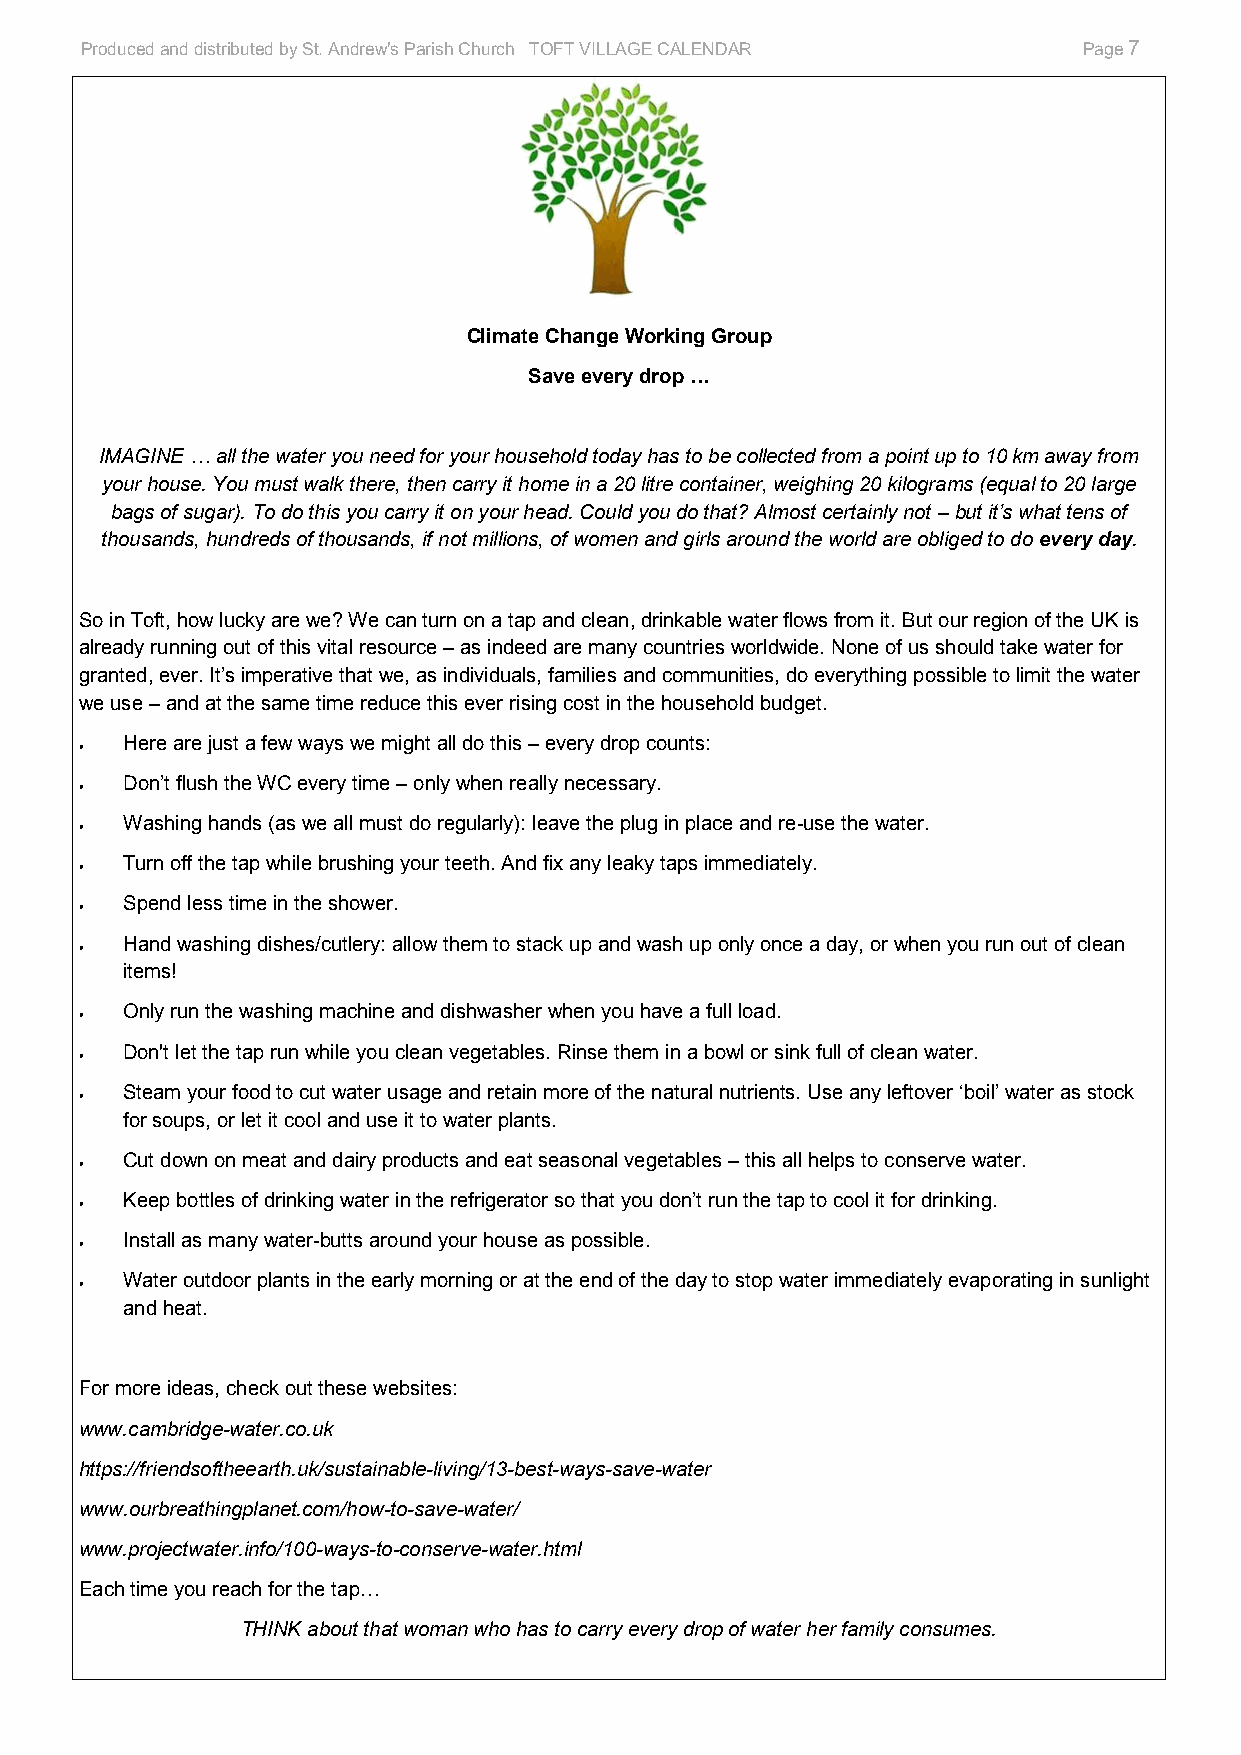
Produced and distributed by St. Andrew's Parish Church TOFT VILLAGE CALENDAR Page 7
 Climate Change Working Group
 Save every drop …
 IMAGINE … all the water you need for your household today has to be collected from a point up to 10 km away from
 your house. You must walk there, then carry it home in a 20 litre container, weighing 20 kilograms (equal to 20 large
 bags of sugar). To do this you carry it on your head. Could you do that? Almost certainly not – but it’s what tens of
 thousands, hundreds of thousands, if not millions, of women and girls around the world are obliged to do every day.
 So in Toft, how lucky are we? We can turn on a tap and clean, drinkable water flows from it. But our region of the UK is
 already running out of this vital resource – as indeed are many countries worldwide. None of us should take water for
 granted, ever. It’s imperative that we, as individuals, families and communities, do everything possible to limit the water
 we use – and at the same time reduce this ever rising cost in the household budget.
 Here are just a few ways we might all do this – every drop counts:
 •
 Don’t flush the WC every time – only when really necessary.
 •
 Washing hands (as we all must do regularly): leave the plug in place and re-use the water.
 •
 Turn off the tap while brushing your teeth. And fix any leaky taps immediately.
 •
 Spend less time in the shower.
 •
 Hand washing dishes/cutlery: allow them to stack up and wash up only once a day, or when you run out of clean
 •
 items!
 Only run the washing machine and dishwasher when you have a full load.
 •
 Don't let the tap run while you clean vegetables. Rinse them in a bowl or sink full of clean water.
 •
 Steam your food to cut water usage and retain more of the natural nutrients. Use any leftover ‘boil’ water as stock
 •
 for soups, or let it cool and use it to water plants.
 Cut down on meat and dairy products and eat seasonal vegetables – this all helps to conserve water.
 •
 Keep bottles of drinking water in the refrigerator so that you don’t run the tap to cool it for drinking.
 •
 Install as many water-butts around your house as possible.
 •
 Water outdoor plants in the early morning or at the end of the day to stop water immediately evaporating in sunlight
 •
 and heat.
 For more ideas, check out these websites:
 www.cambridge-water.co.uk
 https://friendsoftheearth.uk/sustainable-living/13-best-ways-save-water
 www.ourbreathingplanet.com/how-to-save-water/
 www.projectwater.info/100-ways-to-conserve-water.html
 Each time you reach for the tap…
 THINK about that woman who has to carry every drop of water her family consumes.